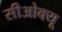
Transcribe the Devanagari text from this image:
सीओक्यू